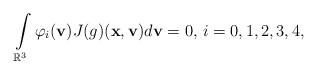
LaTeX: \begin{align*} \int\limits_{\mathbb{R}^{3}}\varphi _{i}(\mathbf{v} )J(g)(\mathbf{x},\mathbf{v})d\mathbf{v}=0,\,i=0,1,2,3,4,\end{align*}